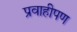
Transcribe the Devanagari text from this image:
प्रवाहीपण